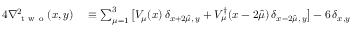
\begin{array} { r l } { 4 \nabla _ { \mathrm { ~ t ~ w ~ o ~ } } ^ { 2 } ( x , y ) } & { { } \equiv \sum _ { \mu = 1 } ^ { 3 } \big [ V _ { \mu } ( x ) \, \delta _ { x + 2 \hat { \mu } , \, y } + V _ { \mu } ^ { \dagger } ( x - 2 \hat { \mu } ) \, \delta _ { x - 2 \hat { \mu } , \, y } \big ] - 6 \, \delta _ { x , y } } \end{array}